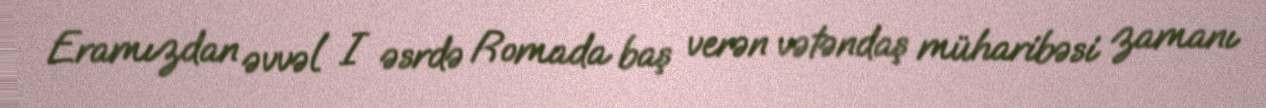
Eramızdan əvvəl I əsrdə Romada baş verən vətəndaş müharibəsi zamanı